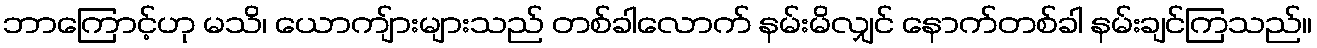
ဘာကြောင့်ဟု မသိ၊ ယောကျ်ားများသည် တစ်ခါလောက် နမ်းမိလျှင် နောက်တစ်ခါ နမ်းချင်ကြသည်။